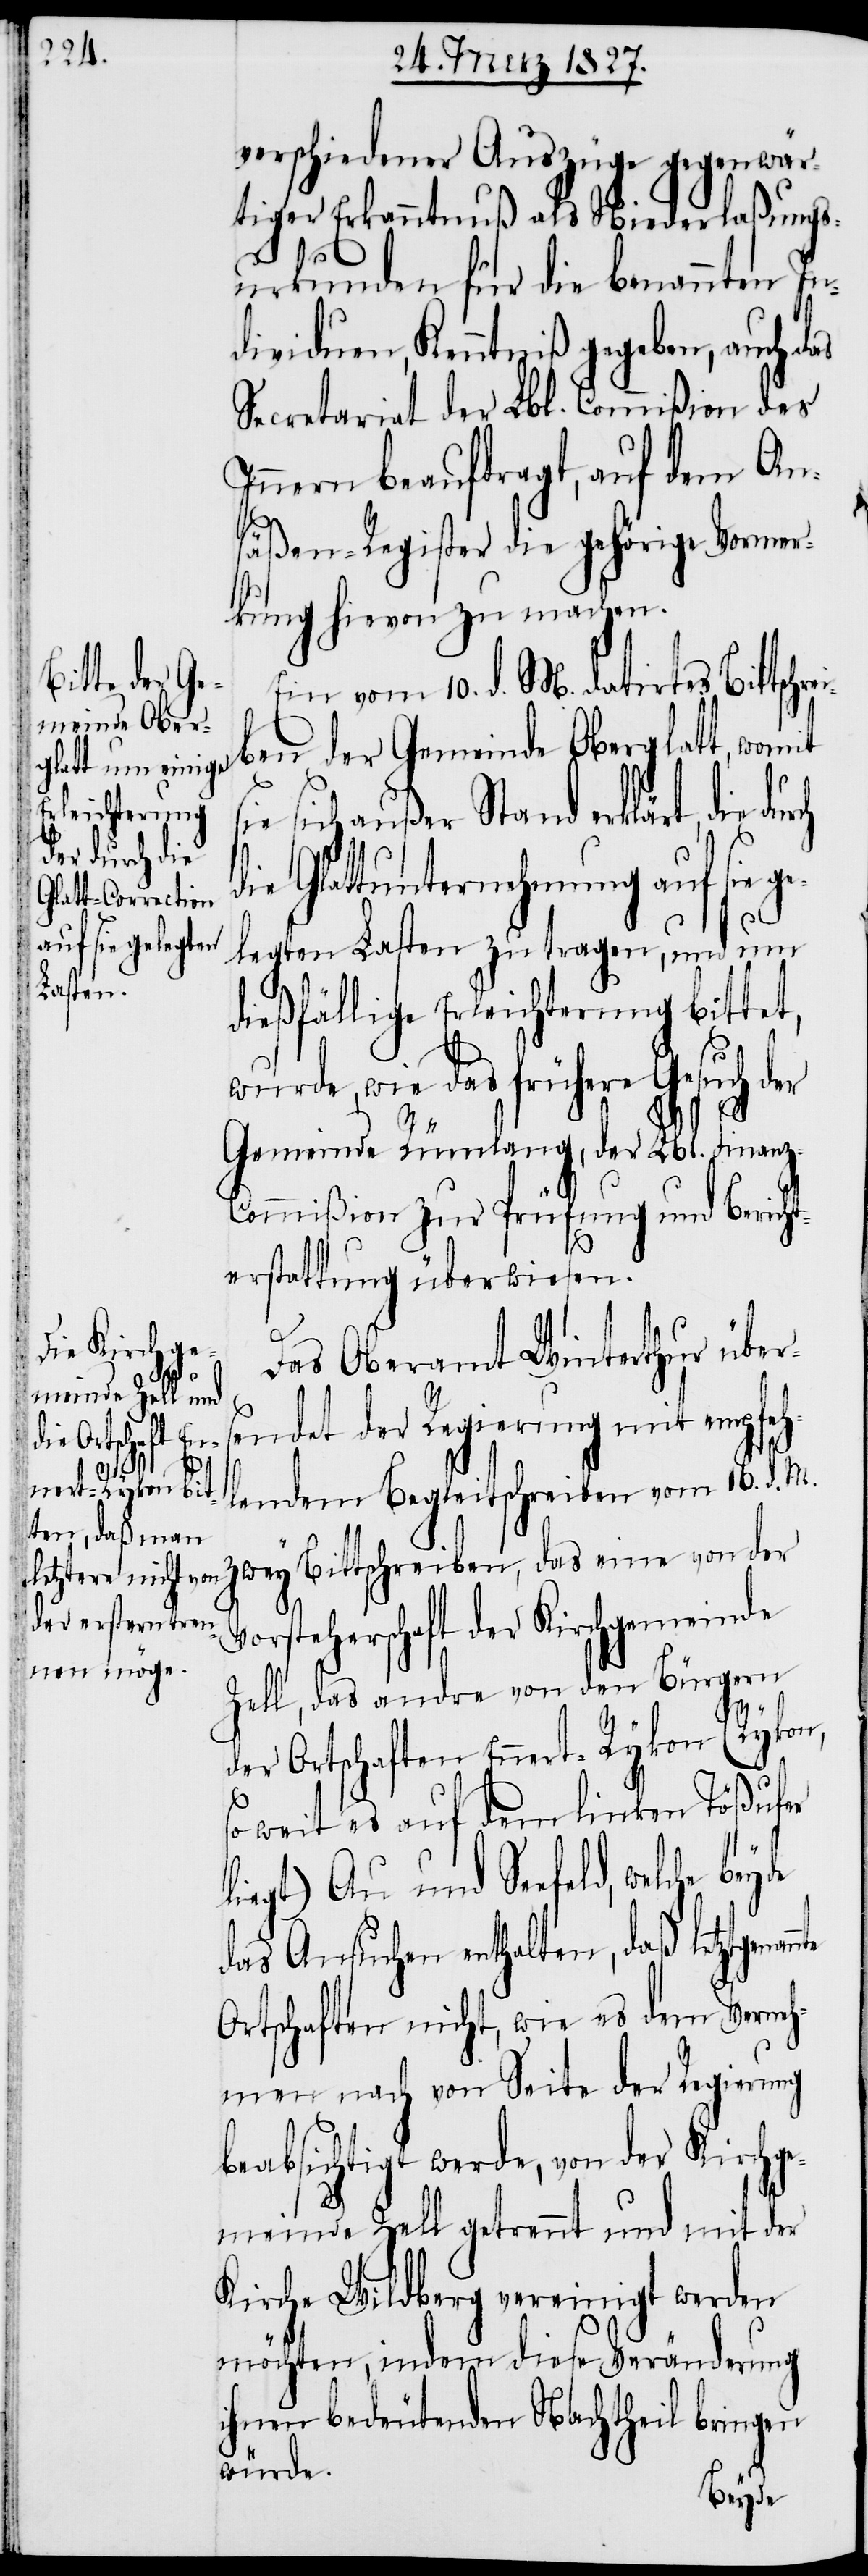
he
nnte

verschiedener Auszüge gegenwär¬
tiger Erkanntnuß als Niederlaßungs¬
urkunden für die benannten In¬
dividuen, Kenntniß gegeben, auch das
Secretariat der Lbl. Commißion des
Innern beauftragt, auf dem An¬
säßen-Register die gehörige Vormer¬
kung hievon zu machen.
Ein vom 10. d. M. datirtes Bittsch¬
ben der Gemeinde Oberglatt, womit
sich außer Stand erklärt, die du¬
die Glattunternehmung auf sie ge¬
legten Lasten zu tragen, und um
dießfällige Erleichterung bittet,
wie das frühere Gesuch der
Gemeinde Rümlang, der Lbl. Finan¬
ommißion zur Prüfung und Bericht¬
erstattung überwiesen.
Das Oberamt Winterthur über¬
sendet der Regierung mit empfeh¬
lendem Begleitschreiben vom 16. d. M.
zwey Bittschreiben, das eine von der
Vorsteherschaft der Kirchgemeinde
Zell, das andre von den Bürgern
der Ortschaften Ennert-Rykon (Rykon,
so weit es auf dem linken Tößufer
liegt) Au und Seefeld, welc¬
das Ansuchen enthalten, daß letztgena¬
Ortschaften nicht, wie es dem Verneh¬
men nach von Seite der Regierung
beabsichtigt werde, von der Kirchge¬
meinde Zell getrennt und mit der
Kirche Wildberg vereinigt werden
möchten, indem diese Veränderung
ihnen bedeutenden Nachtheil bringen
würde.
beyde